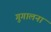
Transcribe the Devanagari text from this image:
गुगालना